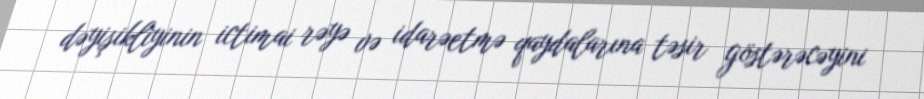
dəyişikliyinin ictimai rəyə və idarəetmə qaydalarına təsir göstərəcəyini